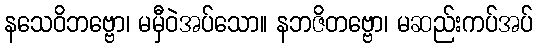
နသေဝိဘဗ္ဗော၊ မမှီဝဲအပ်သော။ နဘဇိတဗ္ဗော၊ မဆည်းကပ်အပ်